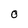
Character: O